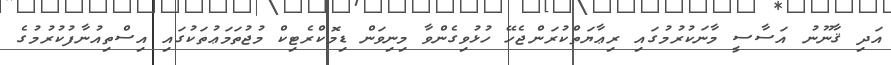
އަދި ޤާނޫނު އަސާސީ މާނަކުރުމުގައި ރިޢާޔަތްކުރަންޖެހޭ ހުޅުވިގެންވާ މިނިވަން ޑިމޮކްރެޓިކް މުޖުތަމަޢުތަކުގައި އިސްތިއުނާފުކުރުމުގެ